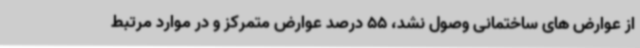
از عوارض های ساختمانی وصول نشد، 55 درصد عوارض متمرکز و در موارد مرتبط